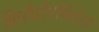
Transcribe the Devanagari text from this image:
किरीटोपनिवेश